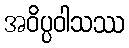
အဝိပ္ပဝါသဿ